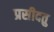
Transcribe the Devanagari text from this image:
प्रसीदतु